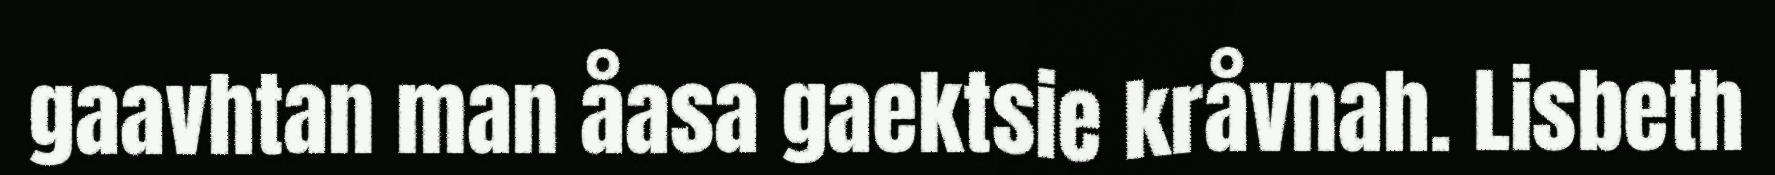
gaavhtan man åasa gaektsie kråvnah. Lisbeth